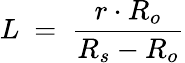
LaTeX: L\ =\ {\frac{r\cdot R_{o}}{R_{s}-R_{o}}}